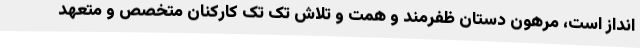
انداز است، مرهون دستان ظفرمند و همت و تلاش تک تک کارکنان متخصص و متعهد